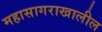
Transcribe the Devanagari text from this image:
महासागराखालील